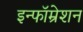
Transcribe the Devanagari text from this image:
इन्फॉम्रेशन